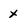
Character: X